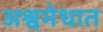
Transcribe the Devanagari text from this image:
अश्वमेधात